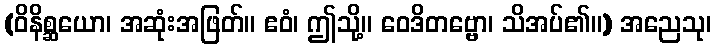
(ဝိနိစ္ဆယော၊ အဆုံးအဖြတ်။ ဧဝံ၊ ဤသို့။ ဝေဒိတဗ္ဗော၊ သိအပ်၏။) အညေသု၊